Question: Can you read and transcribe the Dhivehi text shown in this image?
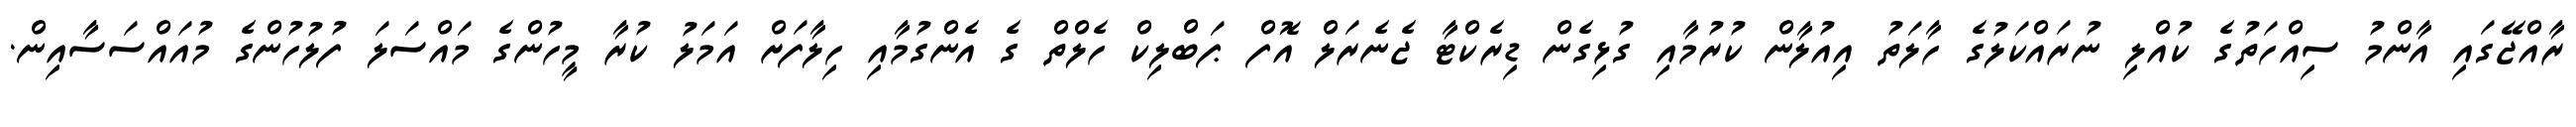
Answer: ރާއްޖޭގައި އާންމު ސިއްހަތުގެ ކުއްލި ނުރައްކަލުގެ ހާލަތު އިއުލާން ކުރުމާއި ގުޅިގެން ޑިރެކްޓާ ޖެނެރަލް އޮފް ޕަބްލިކް ހެލްތް ގެ އެންގުމާއި ހިލާފަށް އަމަލު ކުރާ މީހުންގެ މައްސަލަ ފުލުހުންގެ މުއައްސަސާއިން.